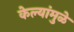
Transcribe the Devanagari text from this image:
केल्यांमुळे